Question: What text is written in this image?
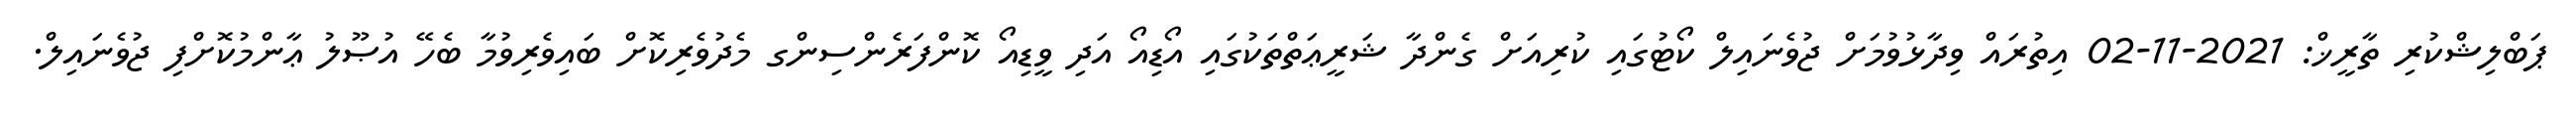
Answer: ޕަބްލިޝްކުރި ތާރީޚް: 2021-11-02 އިތުރައް ވިދާޅުވުމަށް ޖުވެނައިލް ކޯޓުގައި ކުރިއަށް ގެންދާ ޝަރީޢަތްތަކުގައި އޯޑިއޯ އަދި ވީޑިއޯ ކޮންފަރެންސިންގ މެދުވެރިކޮށް ބައިވެރިވުމާ ބެހޭ އުޞޫލު ޢާންމުކޮށްފި ޖުވެނައިލް.